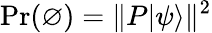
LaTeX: \Pr(\varnothing)=\Vert P|\psi\rangle\Vert^{2}